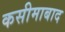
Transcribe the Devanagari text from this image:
कसीमाबाद